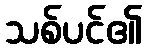
သစ်ပင်၏